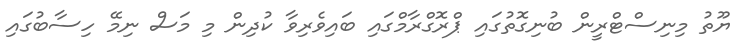
ޔޫތު މިނިސްޓްރީން ބުނިގޮތުގައި ޕްރޮގްރާމްގައި ބައިވެރިވާ ކުދިން މި މަސް ނިމޭ ހިސާބުގައި